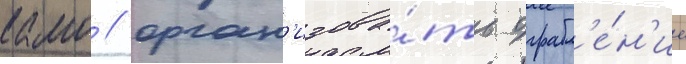
камо / орган'изова́ть ограбл'е́н'ие